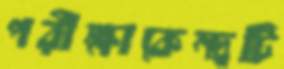
পরীক্ষাকেন্দ্রটি